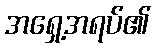
အရှေ့အရပ်၏